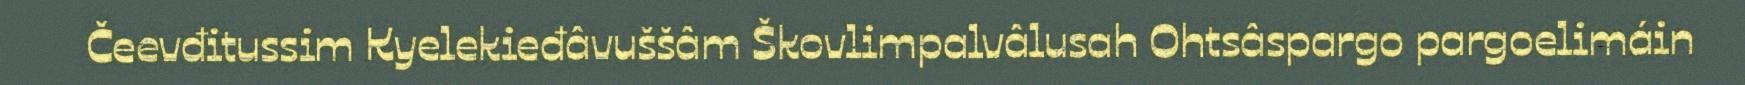
Čeevđitussim Kyelekieđâvuššâm Škovlimpalvâlusah Ohtsâspargo pargoelimáin